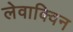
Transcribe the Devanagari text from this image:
लेवाक्विन